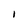
Character: 1